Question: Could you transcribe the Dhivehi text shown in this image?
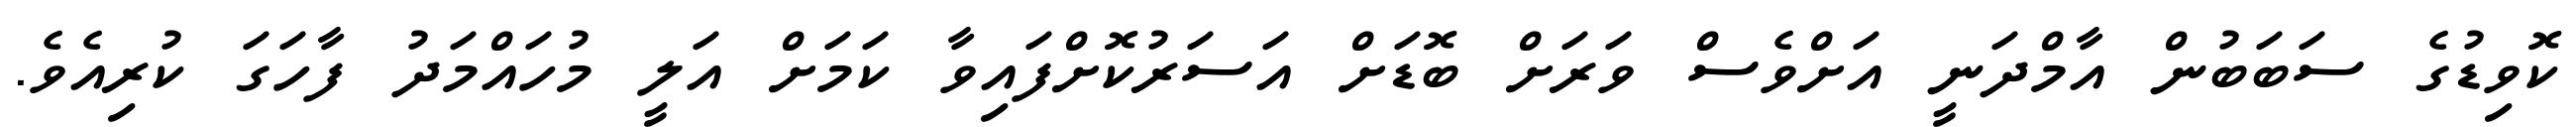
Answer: ކޮވިޑުގެ ސަބަބުން އާމްދަނީ އަށްވެސް ވަރަށް ބޮޑަށް އަސަރުކޮށްފައިވާ ކަމަށް އަލީ މުހައްމަދު ފާހަގަ ކުރިއެވެ.